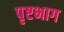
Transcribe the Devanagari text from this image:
पृष्टभाग